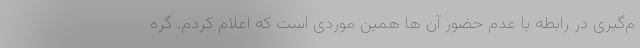
م‌گیری در رابطه با عدم حضور آن ها همین موردی است که اعلام کردم. گره